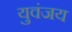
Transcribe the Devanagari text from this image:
युवंजय